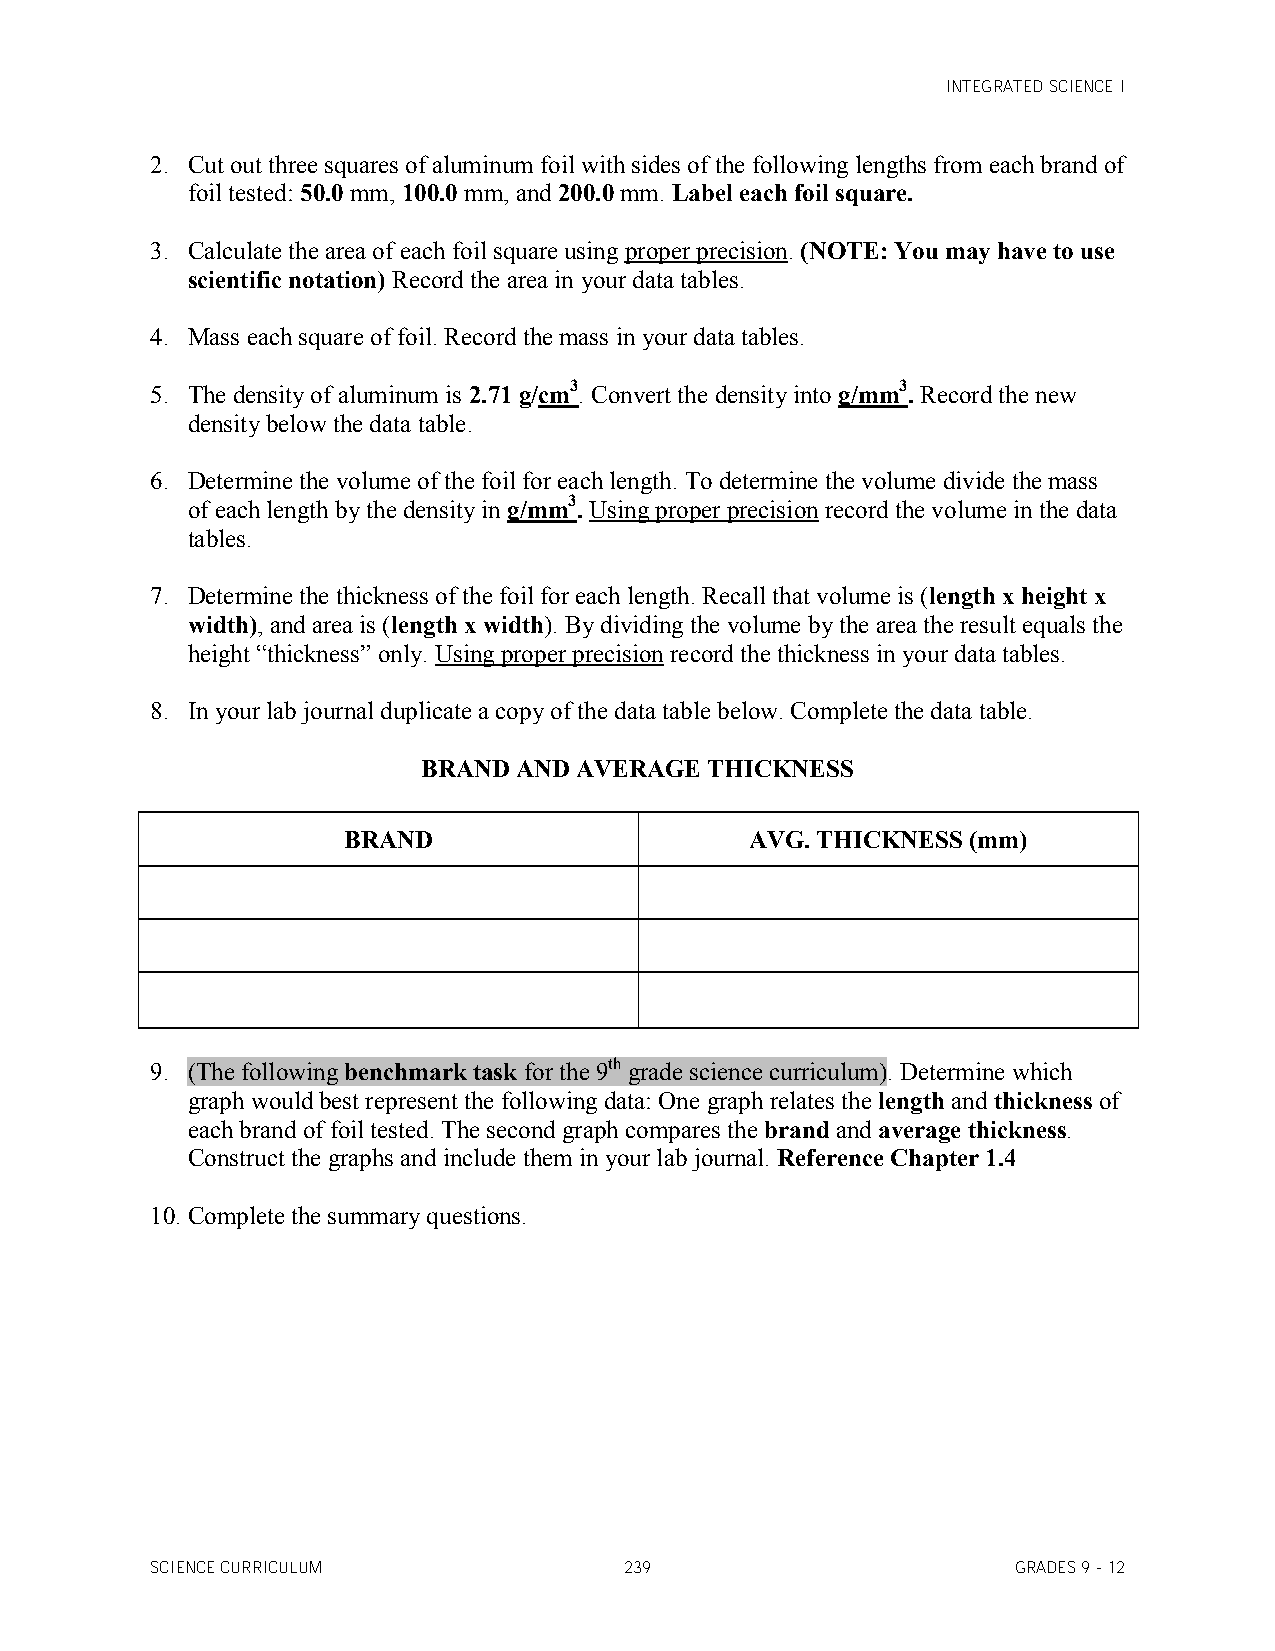
INTEGRATED SCIENCE I
 2. Cut out three squares of aluminum foil with sides of the following lengths from each brand of
 foil tested: 50.0 mm, 100.0 mm, and 200.0 mm. Label each foil square.
 3. Calculate the area of each foil square using proper precision. (NOTE: You may have to use
 scientific notation) Record the area in your data tables.
 4. Mass each square of foil. Record the mass in your data tables.
 5. The density of aluminum is 2.71 g/cm3. Convert the density into g/mm3. Record the new
 density below the data table.
 6. Determine the volume of the foil for each length. To determine the volume divide the mass
 of each length by the density in g/mm3. Using proper precision record the volume in the data
 tables.
 7. Determine the thickness of the foil for each length. Recall that volume is (length x height x
 width), and area is (length x width). By dividing the volume by the area the result equals the
 height “thickness” only. Using proper precision record the thickness in your data tables.
 8. In your lab journal duplicate a copy of the data table below. Complete the data table.
 BRAND AND AVERAGE  THICKNESS
 BRAND                      AVG. THICKNESS (mm)
 9. (The following benchmark task for the 9th grade science curriculum). Determine which
 graph would best represent the following data: One graph relates the length and thickness of
 each brand of foil tested. The second graph compares the brand and average thickness.
 Construct the graphs and include them in your lab journal. Reference Chapter 1.4
 10. Complete the summary questions.
 SCIENCE CURRICULUM             239                       GRADES 9 - 12